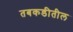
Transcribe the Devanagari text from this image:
तबकडीतील